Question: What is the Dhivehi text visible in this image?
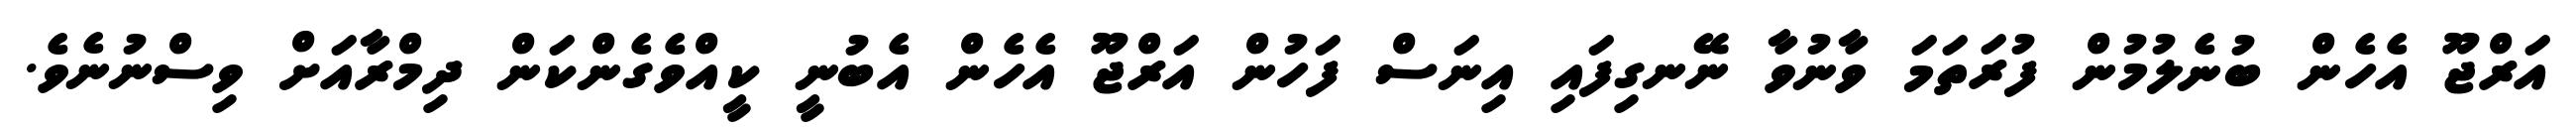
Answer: އަރްޖޫ އެހެން ބުނެލުމުން ފުރަތަމަ ވާނުވާ ނޭނގިފައި އިނަސް ފަހުން އަރްޖޫ އެހެން އެބުނީ ކީއްވެގެންކަން ދިމްރާއަށް ވިސްނުނެވެ.